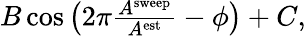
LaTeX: \begin{array}{r}{B\cos\left(2\pi\frac{A^{\textrm{sweep}}}{A^{\textrm{est}}}-\phi\right)+C,}\end{array}